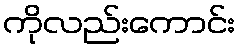
ကိုလည်းကောင်း